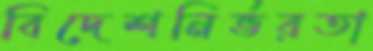
বিদেশনির্ভরতা